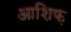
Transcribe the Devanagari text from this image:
आशिफ़